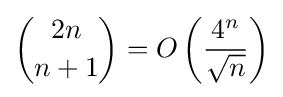
{\binom {2n}{n+1}}=O\left({\frac {4^{n}}{\sqrt {n}}}\right)